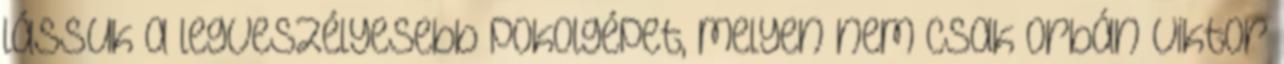
lássuk a legveszélyesebb pokolgépet, melyen nem csak Orbán Viktor